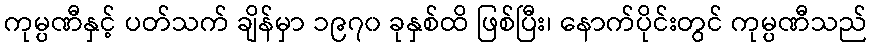
ကုမ္ပဏီနှင့် ပတ်သက် ချိန်မှာ ၁၉၇၀ ခုနှစ်ထိ ဖြစ်ပြီး၊ နောက်ပိုင်းတွင် ကုမ္ပဏီသည်